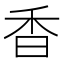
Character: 香